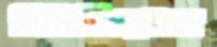
মিউজিয়ামে